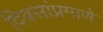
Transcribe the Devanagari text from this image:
दिवसांप्रमाणे